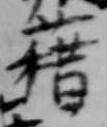
藉